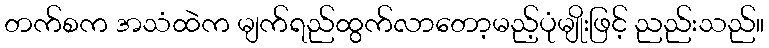
တက်စက အသံထဲက မျက်ရည်ထွက်လာတော့မည့်ပုံမျိုးဖြင့် ညည်းသည်။